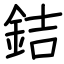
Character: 銡